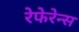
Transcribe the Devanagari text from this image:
रेफेरेन्स